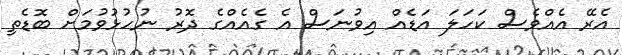
އެރޭ އެއްވެސް ކަހަލަ އަޑެއް އިވުނަސް އެ ގެއެއްގެ ދޮރު ނުހުޅުވުމަށް ބޮޑެތި